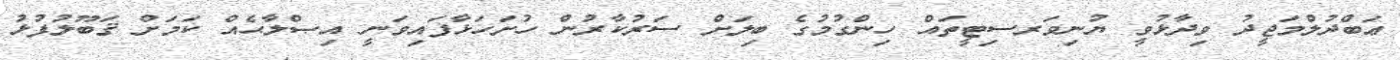
ޢަބްދުލްމަޖީދު ވިދާޅުވީ ޔުނިވަރސިޓީތައް ހިންގުމުގެ ބިލަށް ސަރުކާރުން ހުށަހަޅާފައިވަނީ އިޞްލާޙެއް ކަމަށް ޤަބޫލުފުޅު